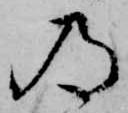
の